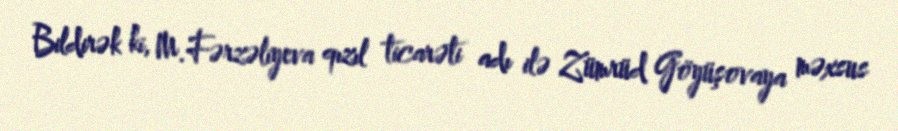
Bildirək ki, M.Fərzəliyeva qızıl ticarəti adı ilə Zümrüd Göyüşovaya məxsus